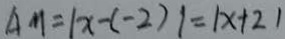
A M = \vert x - ( - 2 ) \vert = \vert x + 2 \vert